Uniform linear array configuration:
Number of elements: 12
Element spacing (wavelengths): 0.5
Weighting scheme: kaiser
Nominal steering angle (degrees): -30
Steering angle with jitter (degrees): -31.094
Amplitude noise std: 0.05
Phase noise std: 0.05

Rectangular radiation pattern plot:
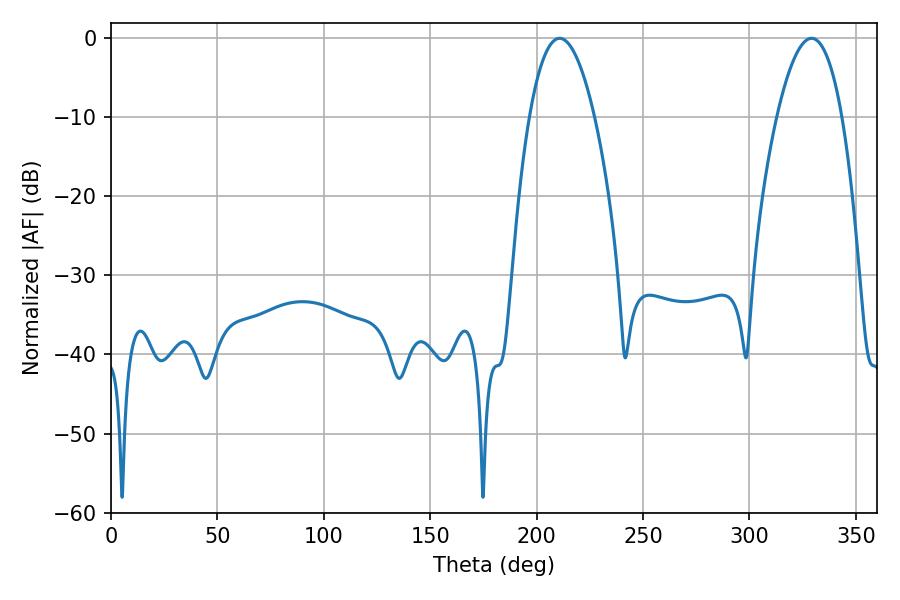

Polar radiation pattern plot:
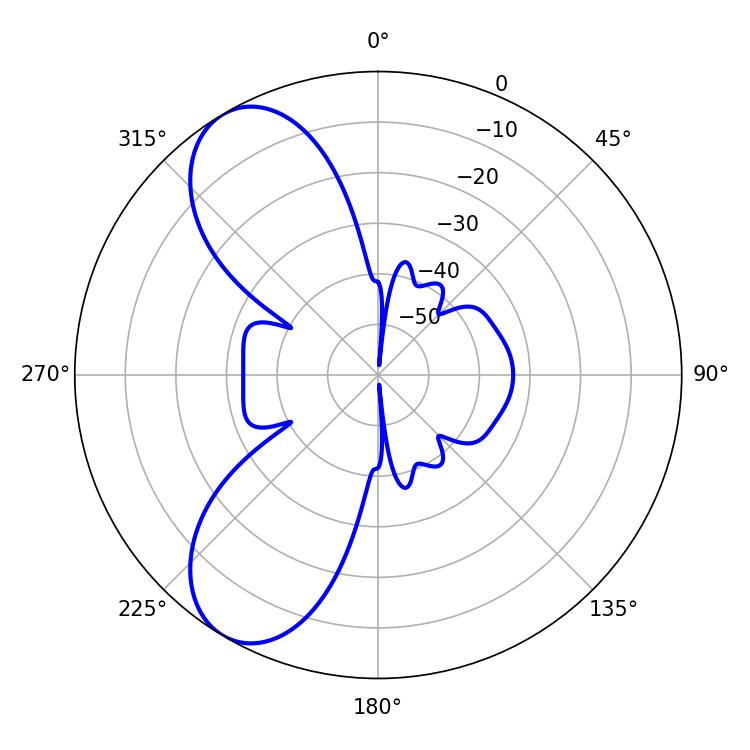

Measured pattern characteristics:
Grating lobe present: FALSE
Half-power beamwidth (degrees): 16.92
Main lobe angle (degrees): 210.78